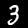
Digit: 3